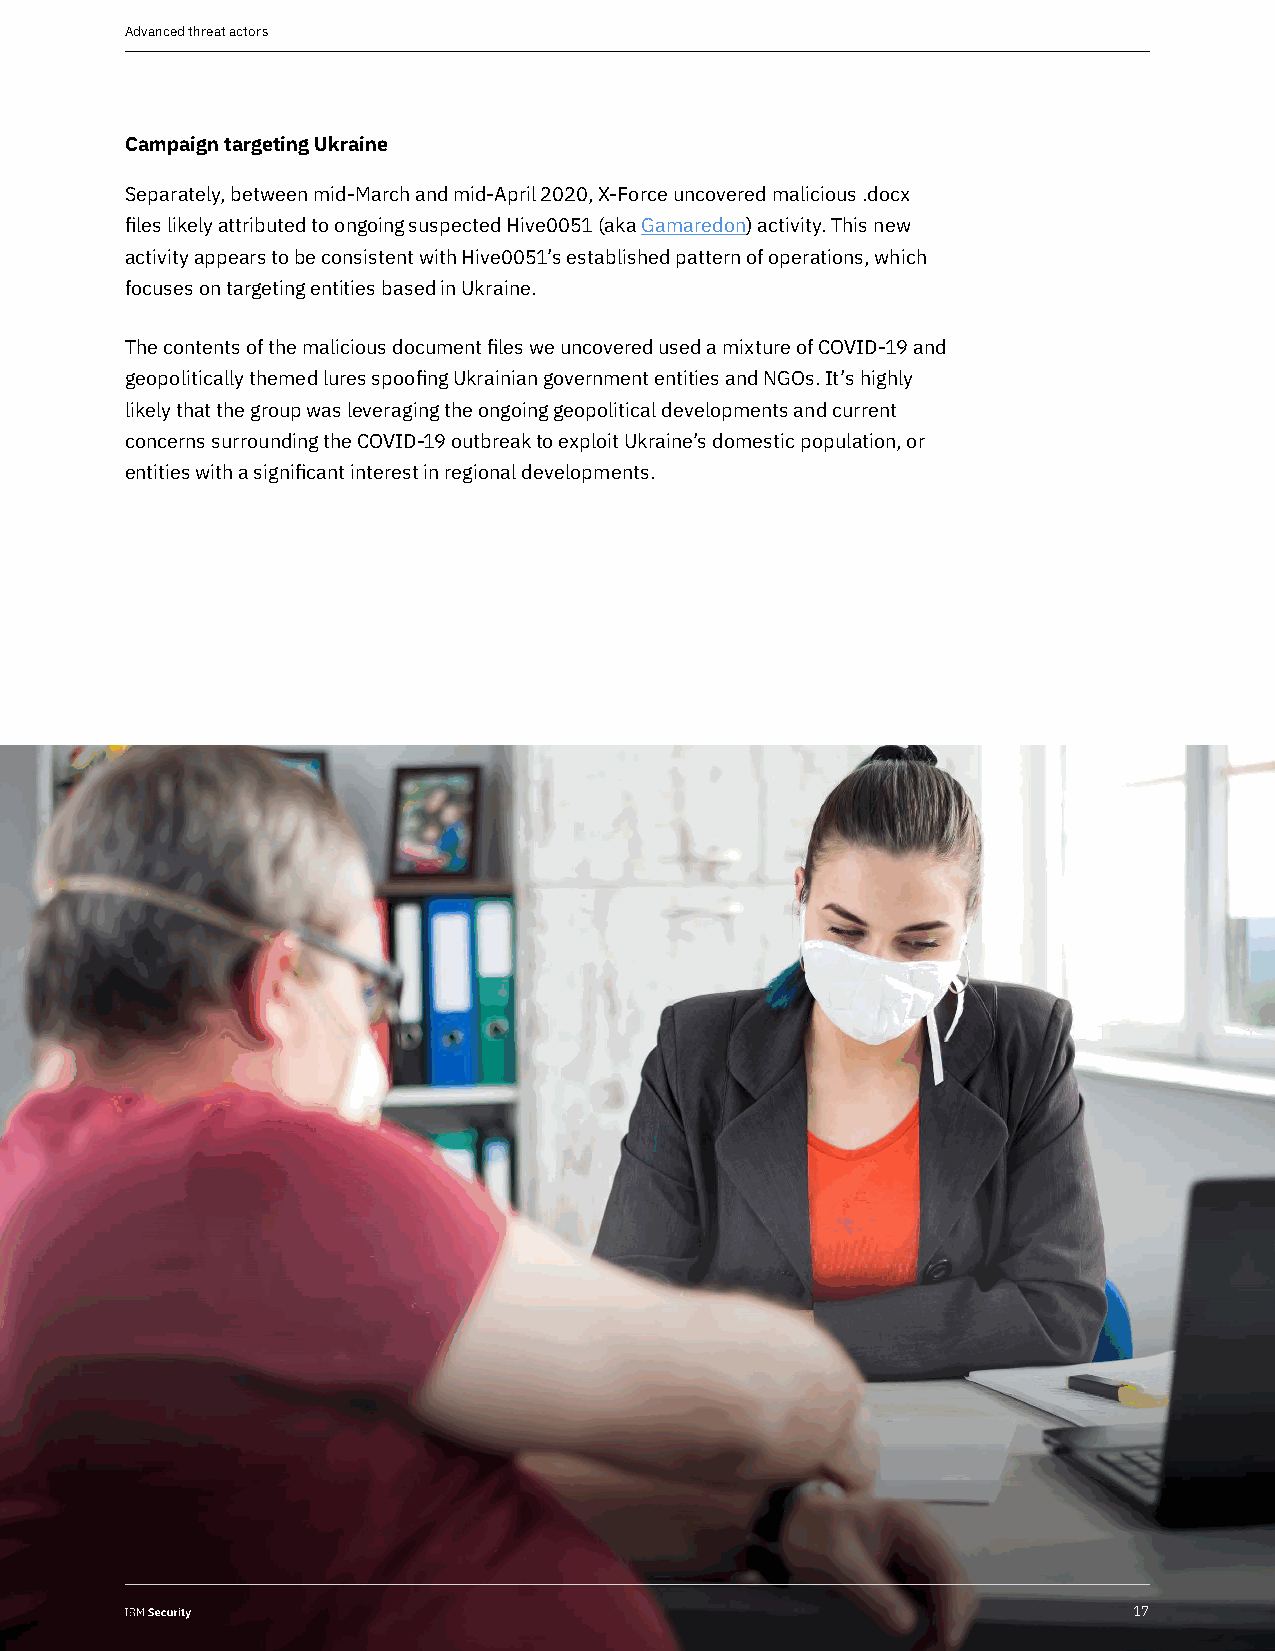
Advanced threat actors
 Campaign targeting Ukraine
 Separately, between mid-March and mid-April 2020, X-Force uncovered malicious .docx
 files likely attributed to ongoing suspected Hive0051 (aka Gamaredon) activity. This new
 activity appears to be consistent with Hive0051’s established pattern of operations, which
 focuses on targeting entities based in Ukraine.
 The contents of the malicious document files we uncovered used a mixture of COVID-19 and
 geopolitically themed lures spoofing Ukrainian government entities and NGOs. It’s highly
 likely that the group was leveraging the ongoing geopolitical developments and current
 concerns surrounding the COVID-19 outbreak to exploit Ukraine’s domestic population, or
 entities with a significant interest in regional developments.
 1177